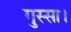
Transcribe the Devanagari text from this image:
गुस्सा।